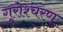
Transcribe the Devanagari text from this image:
गुरोश्चरण